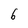
Character: 6